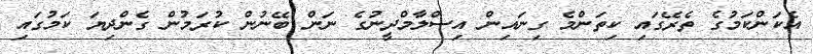
އެކަންކަމުގެ ތެރޭގައި ކިތަންމެ ގިނައިން އިސްލާމްދީނުގެ ނަން ބޭނުން ކުރަމުން ގެންދިޔަ ކަމުގައި